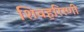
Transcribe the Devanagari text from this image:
शिवहरिरणी